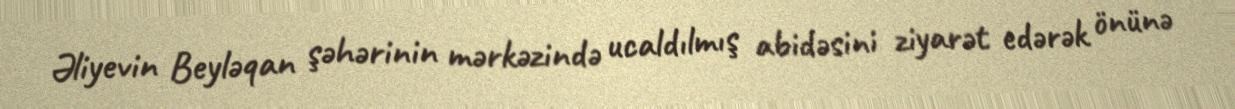
Əliyevin Beyləqan şəhərinin mərkəzində ucaldılmış abidəsini ziyarət edərək önünə